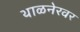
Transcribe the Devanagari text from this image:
थाळनेरवर